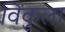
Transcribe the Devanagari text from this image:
विंकुला